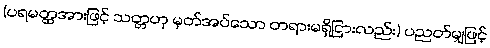
(ပရမတ္ထအားဖြင့် သတ္တဟု မှတ်အပ်သော တရားမရှိငြားလည်း) ပညတ်မျှဖြင့်